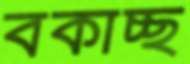
বকাচ্ছ